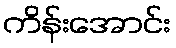
ကိန်းအောင်း